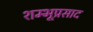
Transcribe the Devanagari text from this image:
शम्भूप्रसाद